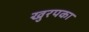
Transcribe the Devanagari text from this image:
खुरपका